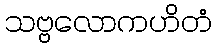
သဗ္ဗလောကဟိတံ